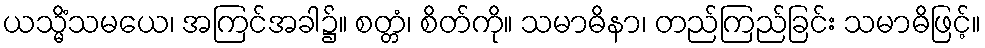
ယသ္မိံသမယေ၊ အကြင်အခါ၌။ စတ္တံ၊ စိတ်ကို။ သမာဓိနာ၊ တည်ကြည်ခြင်း သမာဓိဖြင့်။